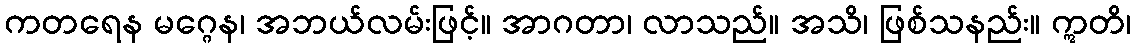
ကတရေန မဂ္ဂေန၊ အဘယ်လမ်းဖြင့်။ အာဂတာ၊ လာသည်။ အသိ၊ ဖြစ်သနည်း။ ဣတိ၊